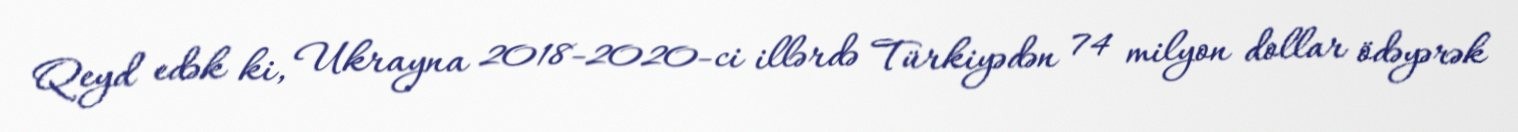
Qeyd edək ki, Ukrayna 2018-2020-ci illərdə Türkiyədən 74 milyon dollar ödəyərək